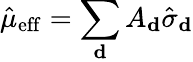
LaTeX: \hat{\mu}_{\mathrm{eff}}=\sum_{\mathbf{d}}A_{\mathbf{d}}\hat{\sigma}_{\mathbf{d}}